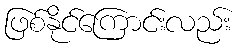
ဖြစ်နိုင်ကြောင်းလည်း